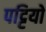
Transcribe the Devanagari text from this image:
पट्टियो